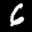
Label: 6